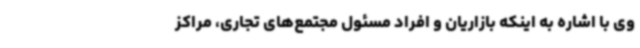
وی با اشاره به اینکه بازاریان و افراد مسئول مجتمع‌های تجاری، مراکز